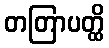
တတြာပတ္ထိ